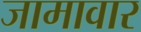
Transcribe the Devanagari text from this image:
जामावार